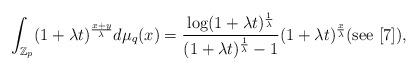
LaTeX: \begin{align*}\int_{\mathbb{Z}_p} (1+\lambda t)^{ \frac{x+y}{\lambda}} d\mu_{q} (x) = \frac{\log(1+\lambda t)^{\frac{1}{\lambda}}}{(1+\lambda t)^{\frac{1}{\lambda}}-1} (1+\lambda t)^{\frac{x}{\lambda}}(\textnormal{see} \,\, [7]),\end{align*}